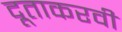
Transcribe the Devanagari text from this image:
दूताकरवी